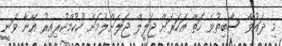
މި ދައުވާ ސާބިތުވެ ހަތް އަހަރަށް ޖަލީލް ޖަލަށްލުމަށް ހުކުމްކުރިއިރު އޭނާ ވަނީ